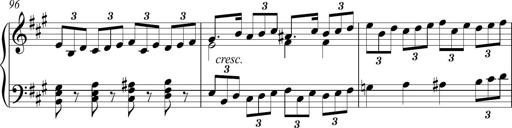
Title: Piano Sonatina in A major
Composer: Z Q Sysmoebius
Key: A major